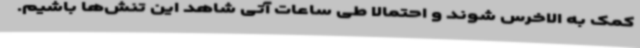
کمک به الاخرس شوند و احتمالا طی ساعات آتی شاهد این تنش‌ها باشیم.